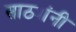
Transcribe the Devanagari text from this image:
साठ्यांनी